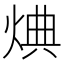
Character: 𪸸